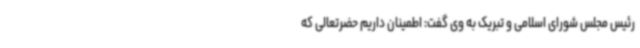
رئیس مجلس شورای اسلامی و تبریک به وی گفت: اطمینان داریم حضرتعالی که